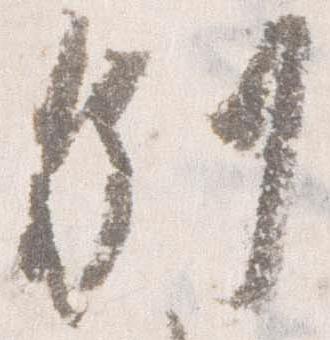
別